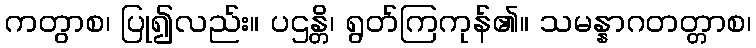
ကတွာစ၊ ပြု၍လည်း။ ပဌန္တိ၊ ရွတ်ကြကုန်၏။ သမန္နာဂတတ္တာစ၊